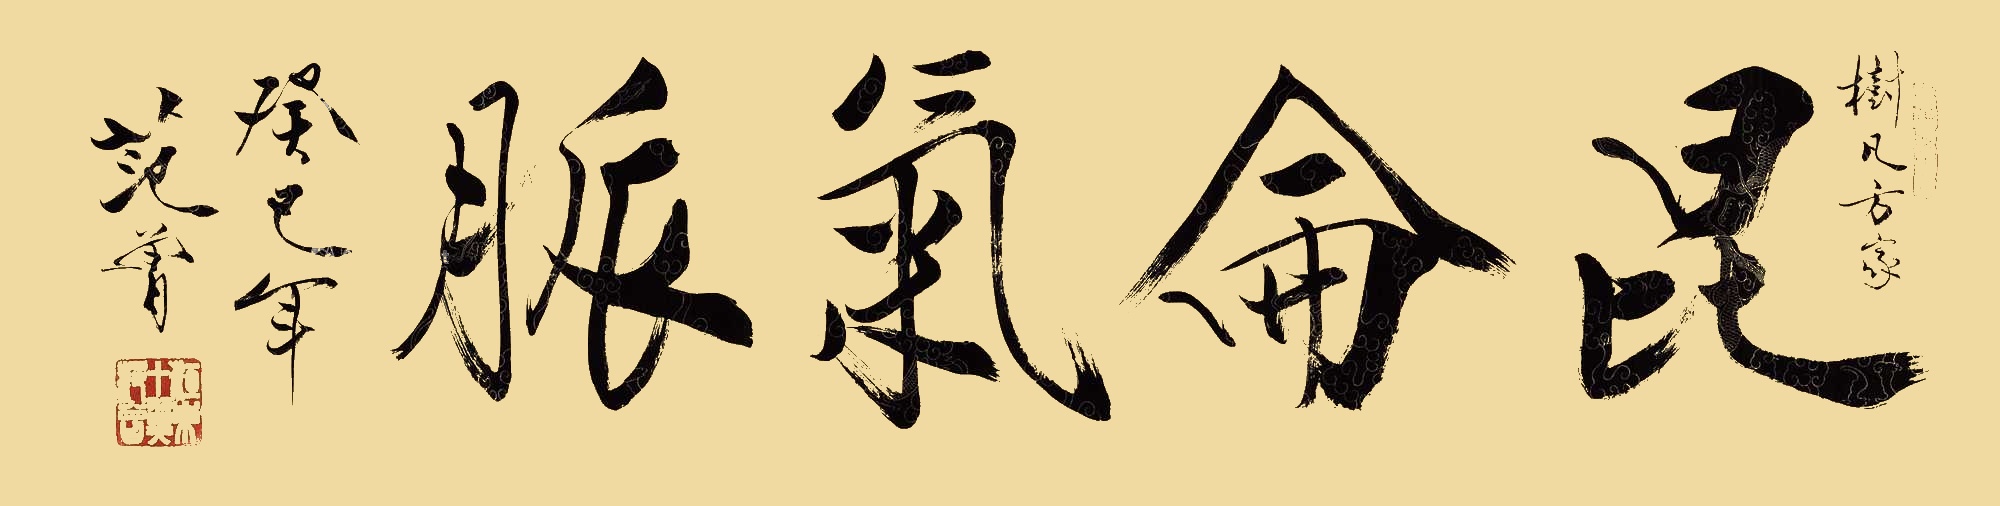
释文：昆仑气脉。树凡方家。癸巳年，范曾。